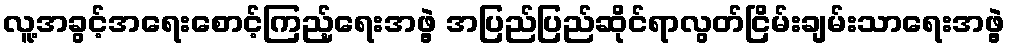
လူ့အခွင့်အရေးစောင့်ကြည့်ရေးအဖွဲ့ အပြည်ပြည်ဆိုင်ရာလွတ်ငြိမ်းချမ်းသာရေးအဖွဲ့